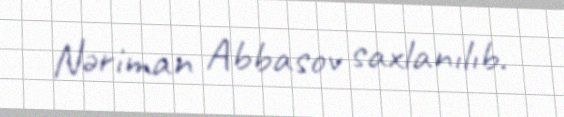
Nəriman Abbasov saxlanılıb.